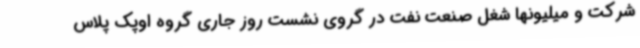
شرکت و میلیونها شغل صنعت نفت در گروی نشست روز جاری گروه اوپک پلاس